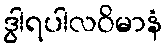
ဒွါရပါလဝိမာနံ